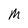
Character: M